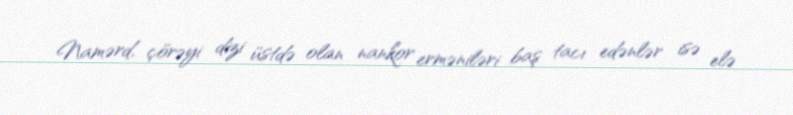
Namərd, çörəyi dizi üstdə olan nankor erməniləri baş tacı edənlər isə elə